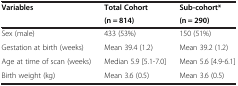
<table><thead><tr><td><b>Variables</b></td><td><b>Total Cohort</b></td><td><b>Sub-cohort*</b></td></tr><tr><td><b> </b></td><td><b>(n = 814)</b></td><td><b>(n = 290)</b></td></tr></thead><tbody><tr><td>Sex (male)</td><td>433 (53%)</td><td>150 (51%)</td></tr><tr><td>Gestation at birth (weeks)</td><td>Mean 39.4 (1.2)</td><td>Mean 39.2 (1.2)</td></tr><tr><td>Age at time of scan (weeks)</td><td>Median 5.9 [5.1-7.0]</td><td>Mean 5.6 [4.9-6.1]</td></tr><tr><td>Birth weight (kg)</td><td>Mean 3.6 (0.5)</td><td>Mean 3.6 (0.5)</td></tr></tbody></table>